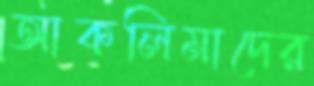
আকলিমাদের